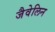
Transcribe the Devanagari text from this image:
जैवेलिन